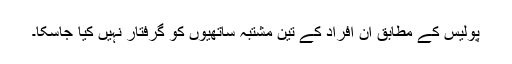
پولیس کے مطابق ان افراد کے تین مشتبہ ساتھیوں کو گرفتار نہیں کیا جاسکا۔